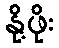
နို့ဖိုး